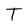
Character: T